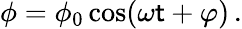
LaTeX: \phi=\phi_{0}\cos(\omega\mathsf{t}+\varphi)\, .